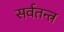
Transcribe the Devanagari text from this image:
सर्वतन्त्र